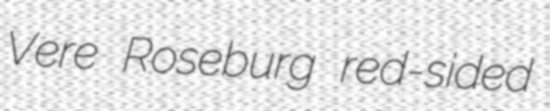
Vere Roseburg red-sided